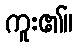
ကူး၏။